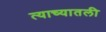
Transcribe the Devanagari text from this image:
त्याच्यातली